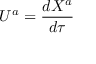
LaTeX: U ^ { a } = { \frac { d X ^ { a } } { d \tau } }